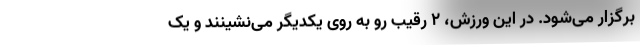
برگزار می‌شود. در این ورزش، ۲ رقیب رو به روی یکدیگر می‌نشینند و یک